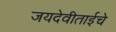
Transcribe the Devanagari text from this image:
जयदेवीताईचे